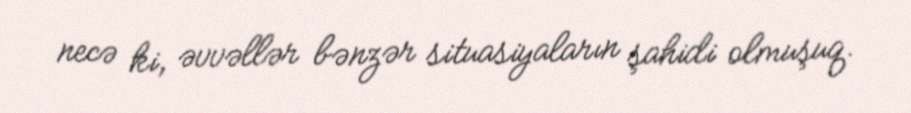
necə ki, əvvəllər bənzər situasiyaların şahidi olmuşuq.